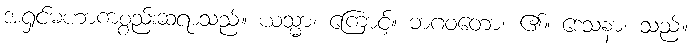
အရှင်မဟာကစ္စည်းဆရာသည်။ ယသ္မာ၊ ကြောင့်။ ဘဂဝတော၊ ၏။ ဒေသနာ၊ သည်။